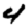
Digit: 4